Resolution. No. 1369 Ex.
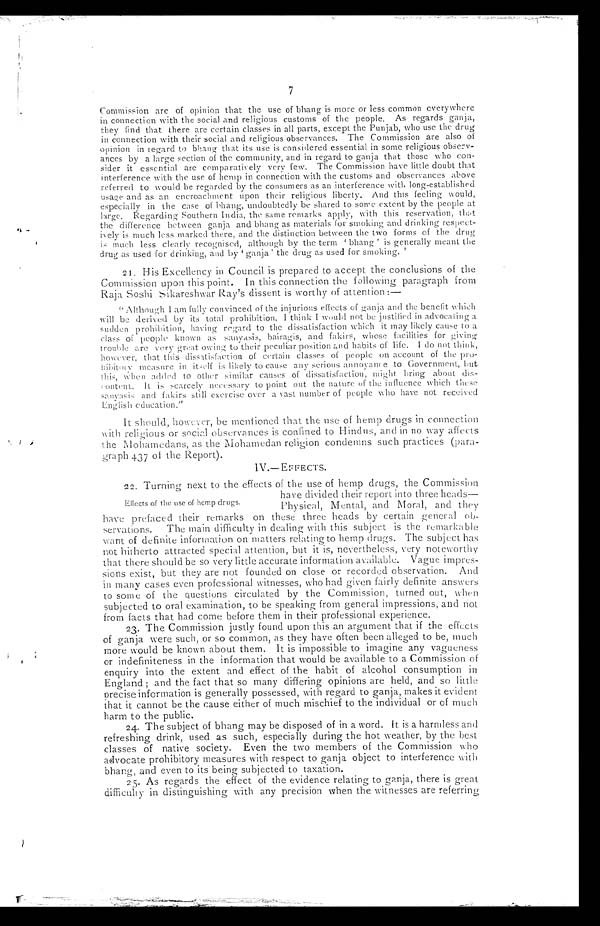
7
Commission are of opinion that the use of bhang is more or less common everywhere in connection with the social and religious customs of the people. As regards ganja,
they find that there are certain classes in all parts, except the Punjab, who use the drug
in connection with their social and religious observances. The
Commission are also of
opinion in regard to bhang that its use is considered essential in some religious observ-
ances by a large section of the community, and in regard to ganja that those who con-
sider it essential are comparatively
very few. The Commission have little doubt that
interference with the use of hemp in connection with the customs and observances above
referred to would be regarded by the consumers as an interference with long-established
usage and as an encroachment upon their religious liberty. And this feeling
w o u l d , e s p e c i a l l y i n t h e c a s e o f b h a n g , u n d o u b t e d l y b e s h a r e d t o s o m e e x t e n t b y t h e p e o p l e a t
large. Regarding Southern India, the same remarks apply, with this reservation,
that the difference between ganja and bhang as materials for smoking and drinking respect-
ively is much less marked there, and the distinction between the two forms of the drug
is much less clearly recognised, although by the term 'bhang' is generally meant the
drug as used for drinking, and by 'ganja' the drug as used for smoking. '
21. His Excellency in Council is prepared to accept the conclusions of the
Commission upon this point. In this connection the following paragraph from
Raja Soshi Sikareshwar Ray's dissent is worthy of attention:—
" Although I am fully convinced of the injurious effects of ganja and the benefit which
will be derived by its total prohibition, I think I would not be justified in advocating a
sudden prohibition, having regard to the dissatisfaction which it may likely cause to a
class of people known as sanyasis, bairagis, and fakirs, whose facilities for giving
trouble are very great owing to their peculiar position and habits of life. I do not think,
however, that this dissatisfaction of certain classes of people on account of the pro
hibitory measure in itself is likely to cause any se
rious annoyance to Government,
but this, when added to other similar causes of dissatisfaction, might bring about dis
content. It is scarcely necessary to point out the nature of the influence which these
sanyasis and fakirs still exercise over a vast number of people who have not received
E n g l i s h e d u c a t i o n . "
It should, however, be mentioned that the use of hemp drugs in connection
with religious or social observances is confined to Hindus, and in no way affects
the Mohamedans, as the Mohamedan religion condemns such practices (para-
graph 437 of the Report).
IV.— EFFECTS.
22. Turning next to the effects of the use of hemp drugs, the Commission
Effects of the use of hemp drugs.
have divided their report into three heads—
Physical, Mental, and Moral, and they
have prefaced their remarks on these three heads by certain general
observations. The main difficulty in dealing with this subject is the remarkable
want of definite information on matters relating to hemp drugs. The subject has
not hitherto attracted special attention, but it is, nevertheless, very noteworthy
that there should be so very little accurate information available. Vague impres-
sions exist, but they are not founded on close or recorded observation. And
in many cases even professional witnesses, who had given fairly definite answers
to some of the questions circulated by the Commission, turned out, when
subjected to oral examination, to be speaking from general impressions, and not
from facts that had come before them in their professional experience.
23. The Commission justly found upon this an argument that if the effects
of ganja were such, or so common, as they have often been alleged to be, much
more would be known about them. It is impossible to imagine any vagueness
or indefiniteness in the information that would be available to a Commission of
enquiry into the extent and effect of the habit of alcohol consumption in
England; and the fact that so many differing opinions are held, and so little
precise information is generally possessed, with regard to ganja, makes it
e v i d e n t t h a t i t c a n n o t b e t h e c a u s e e i t h e r o f m u c h m i s c h i e f t o t h e i n d i v i d u a l o r o f m u c h
harm to the public.
24. The subject of bhang may be disposed of in a word. It is a harmless and
refreshing drink, used as such, especially during the hot weather, by the best
classes of native society. Even the two members of the Commission who
advocate prohibitory measures with respect to ganja object to interference with
bhang, and even to its being subjected to taxation.
25. As regards the effect of the evidence relating to ganja, there is great
difficulty in distinguishing with any precision when the witnesses are referring